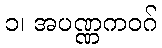
၁၊ အပဏ္ဏကဝဂ်